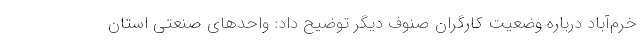
خرم‌آباد درباره وضعیت کارگران صنوف دیگر توضیح داد: واحدهای صنعتی استان